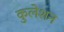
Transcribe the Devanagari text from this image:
कुलेशन